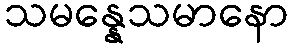
သမန္နေသမာနော